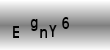
Text: EgnY6